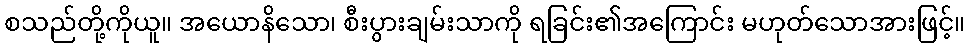
စသည်တို့ကိုယူ။ အယောနိသော၊ စီးပွားချမ်းသာကို ရခြင်း၏အကြောင်း မဟုတ်သောအားဖြင့်။